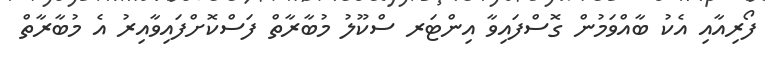
ފޯރިއާއި އެކު ބާއްވަމުން ގޮސްފައިވާ އިންޓަރ ސްކޫލު މުބާރާތް ފަސްކޮށްފައިވާއިރު އެ މުބާރާތް